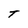
Character: T